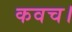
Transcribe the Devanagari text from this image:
कवच।